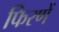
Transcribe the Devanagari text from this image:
फिरणें